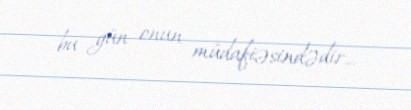
bu gün onun müdafiəsindədir...